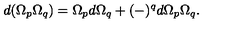
d ( \Omega _ { p } \Omega _ { q } ) = \Omega _ { p } d \Omega _ { q } + ( - ) ^ { q } d \Omega _ { p } \Omega _ { q } .